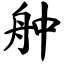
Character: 舯